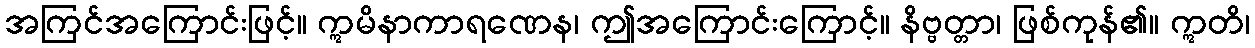
အကြင်အကြောင်းဖြင့်။ ဣမိနာကာရဏေန၊ ဤအကြောင်းကြောင့်။ နိဗ္ဗတ္တာ၊ ဖြစ်ကုန်၏။ ဣတိ၊